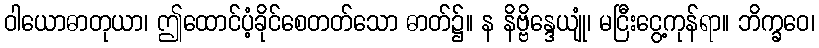
ဝါယောဓာတုယာ၊ ဤထောင်ပံ့ခိုင်စေတတ်သော ဓာတ်၌။ န နိဗ္ဗိန္ဒေယျုံ၊ မငြီးငွေ့ကုန်ရာ။ ဘိက္ခဝေ၊